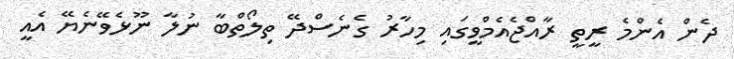
ދެން އެންމެ ރީތީ ރާއްޖެއެމްވީގައި މިހާރު ގެނެސްދޭ ތިލޯތްބާ ނުލާ ނޫޅެވޭނެޔޭ އެއީ